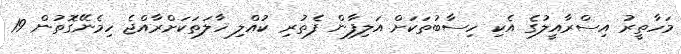
މަހާތީރު އިސްރާއީލުގެ އެކި ހިސާބުތަކަށް އަލިފާން ފެތުރި ކުއްލި ހާލަތަކަށްރާއްޖެ ހިމެނޭގޮތުން 19